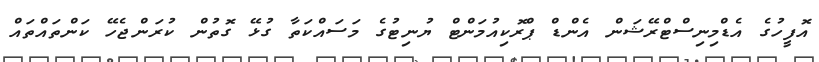
އޮފީހުގެ އެޑްމިނިސްޓްރޭޝަން އެންޑް ޕްރޮކިއުމަންޓް ޔުނިޓުގެ މަސައްކަތާ ގުޅޭ ގޮތުން ކުރަންޖެހޭ ކަންތައްތައް